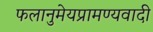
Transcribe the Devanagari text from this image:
फलानुमेयप्रामण्यवादी